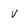
Character: v